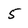
Character: 5